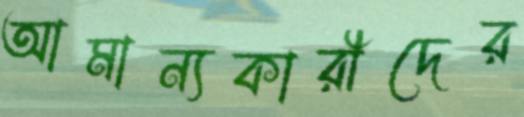
আমান্যকারীদের